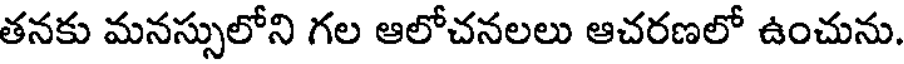
తనకు మనస్సులోని గల ఆలోచనలలు ఆచరణలో ఉంచును.